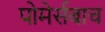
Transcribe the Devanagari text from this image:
पोमेर्सबाच